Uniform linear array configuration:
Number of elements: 4
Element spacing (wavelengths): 0.5
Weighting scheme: cosine
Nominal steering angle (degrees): -15
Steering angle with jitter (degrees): -15.522
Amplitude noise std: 0.05
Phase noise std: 0.05

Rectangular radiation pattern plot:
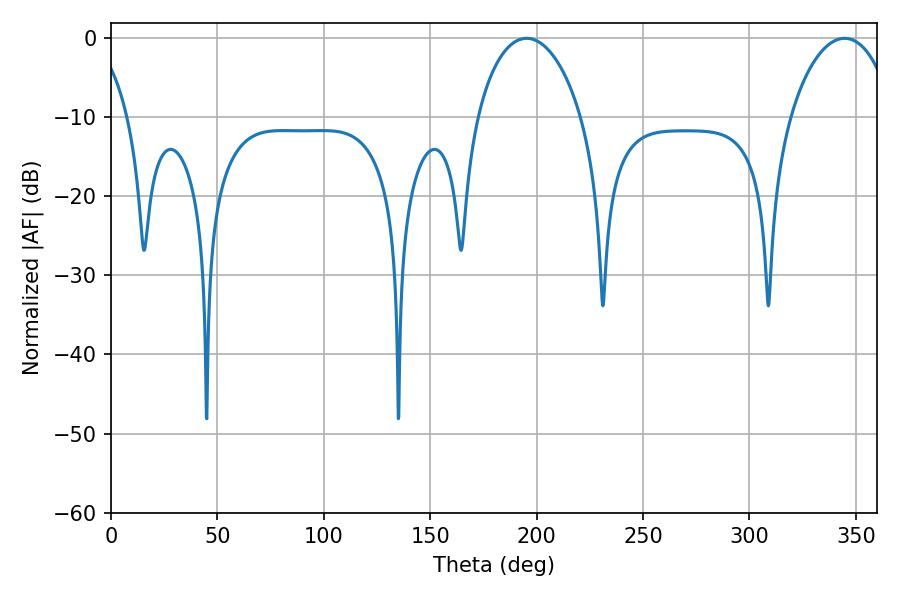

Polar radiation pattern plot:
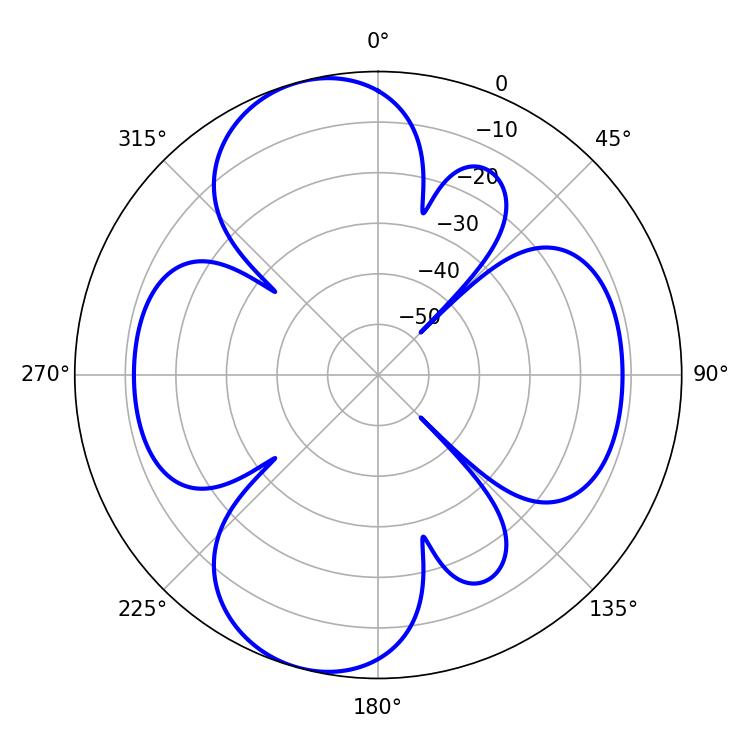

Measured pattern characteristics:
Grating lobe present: FALSE
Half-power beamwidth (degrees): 28.08
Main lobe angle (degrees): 344.7